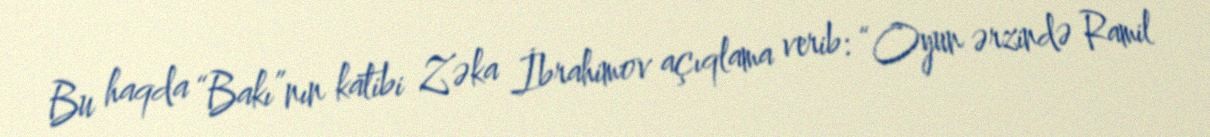
Bu haqda “Bakı”nın katibi Zəka İbrahimov açıqlama verib: “Oyun ərzində Ramil